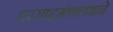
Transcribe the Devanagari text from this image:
परराष्ट्रमंत्रालयाने